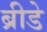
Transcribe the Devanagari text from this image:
ब्रीडे